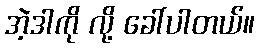
အဲ့ဒါကို လို့ ခေါ်ပါတယ်။